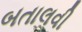
બતાલવી